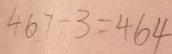
4 6 7 - 3 = 4 6 4